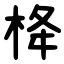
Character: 栙